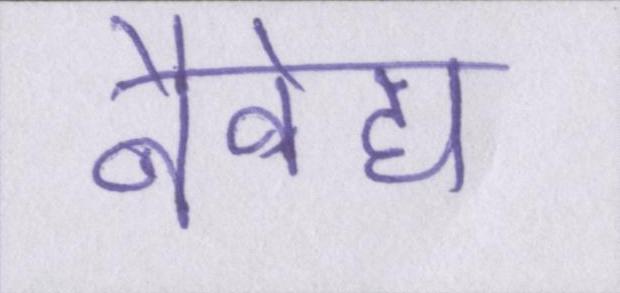
नैवेद्य